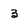
Character: 3